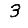
Digit: 3